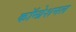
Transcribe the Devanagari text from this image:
कॉन्ग्रेशनल